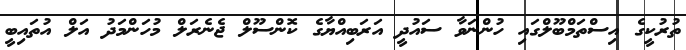
ތުރުކީގެ އިސްތަމްބޫލްގައި ހުންނަވާ ސައުދީ އަރަބިއްޔާގެ ކޮންސޫލް ޖެނެރަލް މުހަންމަދު އަލް އުތައިބީ